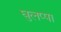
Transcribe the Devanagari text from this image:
घुलप्पा